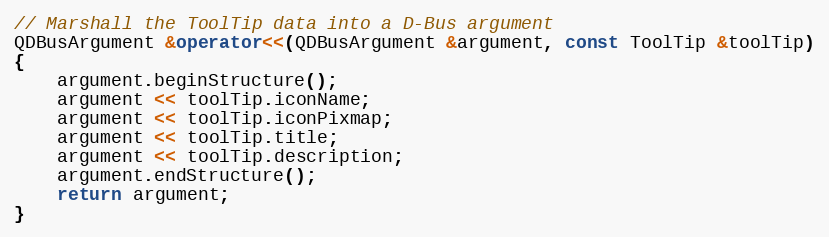
Language: C++
// Marshall the ToolTip data into a D-Bus argument
QDBusArgument &operator<<(QDBusArgument &argument, const ToolTip &toolTip)
{
    argument.beginStructure();
    argument << toolTip.iconName;
    argument << toolTip.iconPixmap;
    argument << toolTip.title;
    argument << toolTip.description;
    argument.endStructure();
    return argument;
}